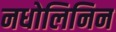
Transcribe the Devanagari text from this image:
नधोलिनिन